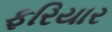
ફરિયાર